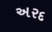
અરદ